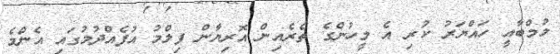
މުމްބާއީ ހައްޔަރު ކުރި އެ މީހުންގެ ތެރެއިން އޮރިޔާން ފިލްމު އުފެއްދުމުގައި އެންމެ